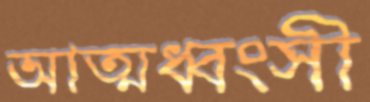
আত্মধ্বংসী